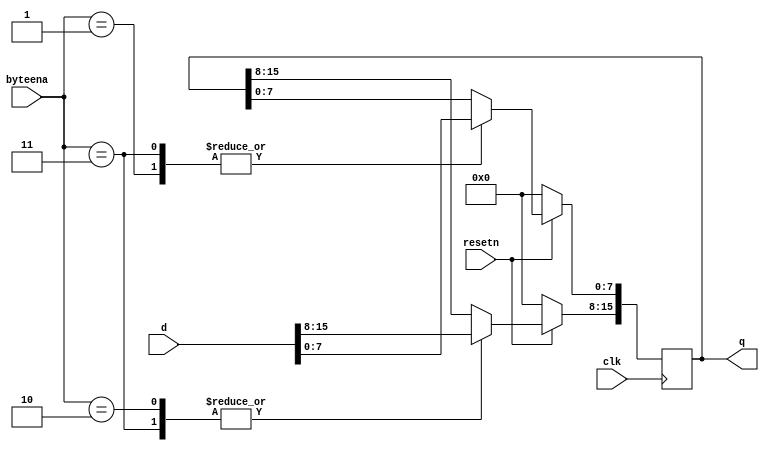
module top_module (
    input clk,
    input resetn,
    input [1:0] byteena,
    input [15:0] d,
    output [15:0] q
);

    always @ (posedge clk ) begin 
        if (resetn == 0)
        	q <= 0;
        else begin 
            case(byteena) 
                0: q <= q;
                1: q[7:0] <= d[7:0];
                2: q[15:8] <= d[15:8];
                3: q <= d;
            endcase
        end            
   	end
endmodule